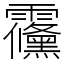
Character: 䨹